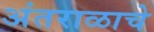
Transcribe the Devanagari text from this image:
अंतराळाचे